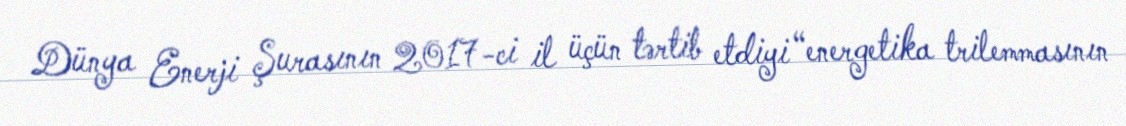
Dünya Enerji Şurasının 2017-ci il üçün tərtib etdiyi “energetika trilemmasının